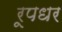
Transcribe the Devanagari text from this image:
रूपधर